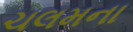
ચલમના